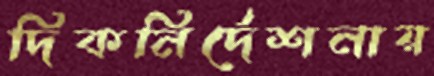
দিকনির্দেশনায়